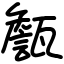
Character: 甔